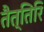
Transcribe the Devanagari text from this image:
तैत्तिरि